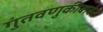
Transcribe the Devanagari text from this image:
गुंतवणुकीबाबत